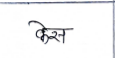
मजकूर: केस